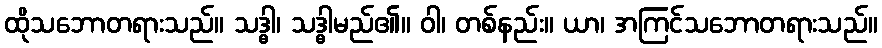
ထိုသဘောတရားသည်။ သဒ္ဓါ၊ သဒ္ဓါမည်၏။ ဝါ၊ တစ်နည်း။ ယာ၊ အကြင်သဘောတရားသည်။